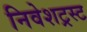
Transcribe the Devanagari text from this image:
निवेशट्रस्ट